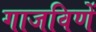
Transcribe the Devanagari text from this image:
गाजविणें